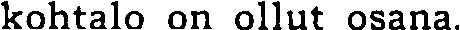
kohtalo on ollut osana.